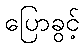
ပြောခွင့်